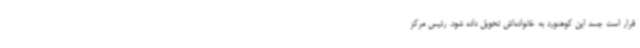
قرار است جسد این کوهنورد به خانواده‌اش تحویل داده شود. رئیس مرکز